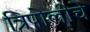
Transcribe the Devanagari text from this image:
त्रिपोलीचे